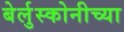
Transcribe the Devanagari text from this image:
बेर्लुस्कोनीच्या